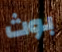
بوث